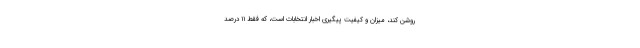
روشن کند، میزان و کیفیت پیگیری اخبار انتخابات است، که فقط ۱۱ درصد